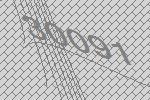
30091